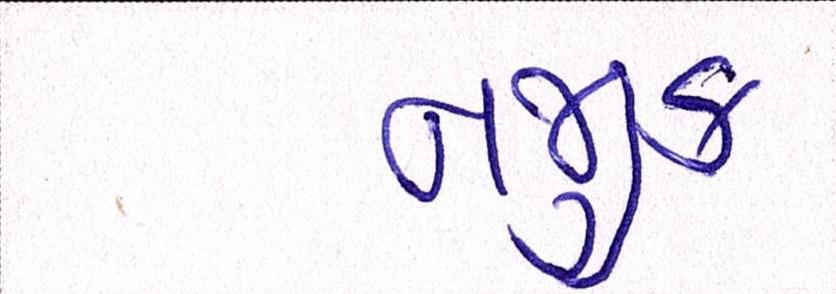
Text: નજીક